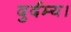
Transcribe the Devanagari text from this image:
दुर्दम्य।